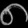
Digit: ၈